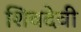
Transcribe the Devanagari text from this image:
शिवदेवी